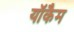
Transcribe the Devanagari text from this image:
यॉकैम